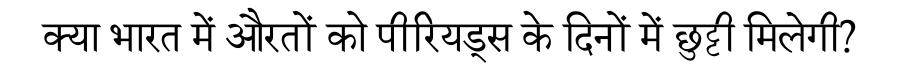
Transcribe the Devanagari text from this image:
क्या भारत में औरतों को पीरियड्स के दिनों में छुट्टी मिलेगी?